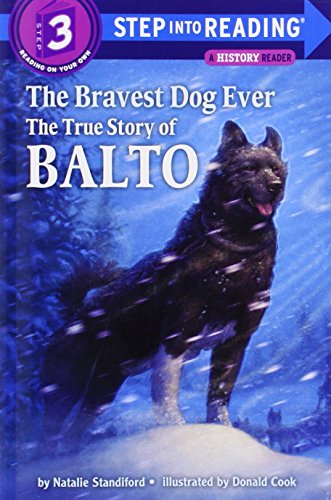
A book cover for The Bravest Dog Ever: The True Story of Balto (Step-Into-Reading); Natalie Standiford; Children's Books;